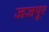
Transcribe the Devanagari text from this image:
जजपूर